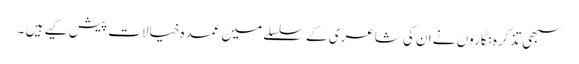
سبھی تذکرہ نگاروں نے ان کی شاعری کے سلسلے میں عمدہ خیالات پیش کیے ہیں ۔